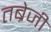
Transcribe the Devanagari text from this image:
तब्रेजी